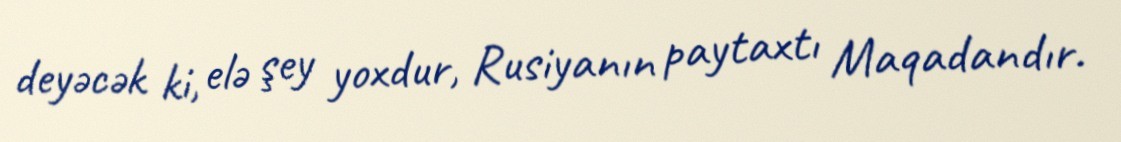
deyəcək ki, elə şey yoxdur, Rusiyanın paytaxtı Maqadandır.